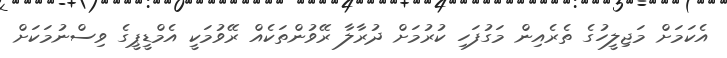
އެކަމަށް މަޖިލީހުގެ ތެރެއިން މަގުފަހި ކުރުމަށް ދުރާލާ ރޭވުންތަކެއް ރޭވުމަކީ އެމްޑީޕީގެ ވިސްނުމަކަށް